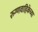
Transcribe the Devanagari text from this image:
रुग्णवाहिकेच्या